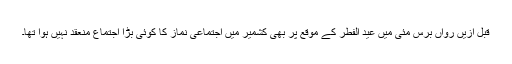
قبل ازیں رواں برس مئی میں عید الفطر کے موقع پر بھی کشمیر میں اجتماعی نماز کا کوئی بڑا اجتماع منعقد نہیں ہوا تھا۔